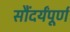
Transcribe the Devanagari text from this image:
सौंदर्यंपूर्ण